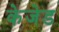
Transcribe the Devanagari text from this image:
केजेड